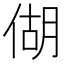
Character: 𪝍